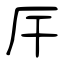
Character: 厈